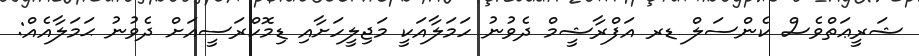
ޝަރީޢަތްވެސް ކެންސަލް ޑރ އަފްރާޝީމް ދެވުނު ހަމަލާއަކީ މަޖިލީހަށާއި ޑިމޮކްރަސީއަށް ދެވުނު ޙަމަލާއެއް: